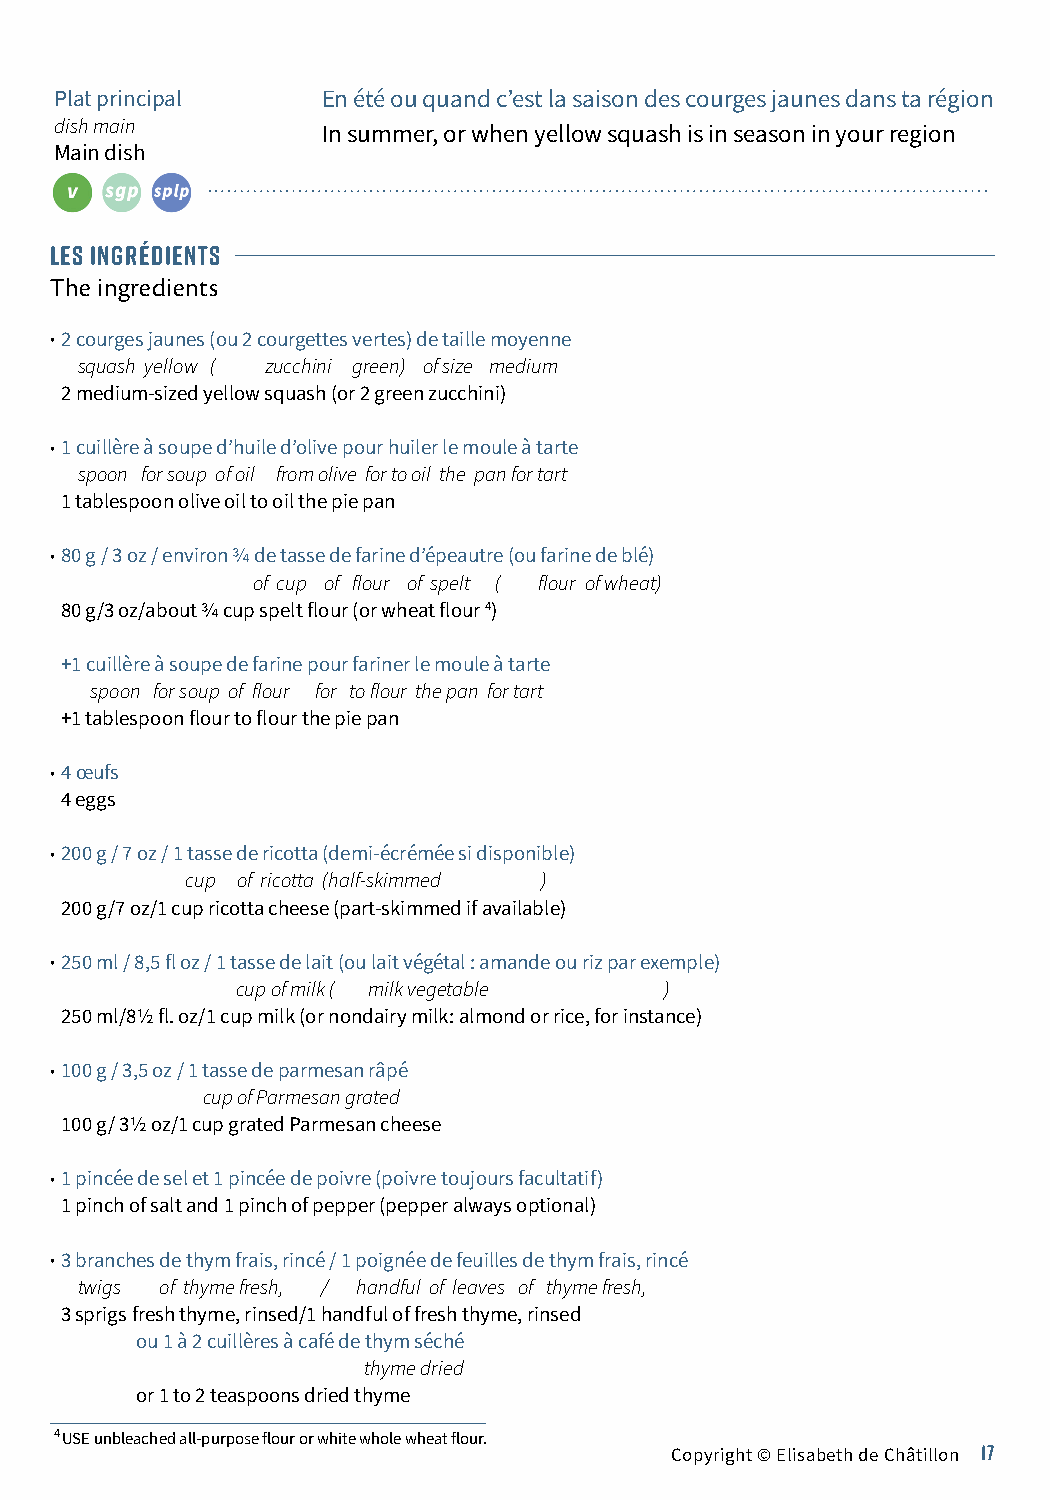
Plat principal   En été ou quand c’est la saison des courges jaunes dans ta région
 dish main
 In summer, or when yellow squash is in season in your region
 Main dish
 LES INGRÉDIENTS
 The ingredients
 •2 courges jaunes (ou 2 courgettes vertes) de taille moyenne
 squash yellow ( zucchini green) of size medium
 2 medium-sized yellow squash (or 2 green zucchini)
 •1 cuillère à soupe d’huile d’olive pour huiler le moule à tarte
 Pour 4 à 6 personnes spoon for soup of oil from olive for to oil the pan for tart
 for 4 to 6 people 1 tablespoon olive oil to oil the pie pan
 Serves 4 to 6
 •80 g / 3 oz / environ 3/4 de tasse de farine d’épeautre (ou farine de blé)
 of cup of flour of spelt ( flour of wheat)
 80 g/3 oz/about 3/4 cup spelt flour (or wheat flour 4)
 +1 cuillère à soupe de farine pour fariner le moule à tarte
 spoon for soup of flour for to flour the pan for tart
 +1 tablespoon flour to flour the pie pan
 •4 œufs
 4 eggs
 •200 g / 7 oz / 1 tasse de ricotta (demi-écrémée si disponible)
 cup of ricotta (half-skimmed )
 200 g/7 oz/1 cup ricotta cheese (part-skimmed if available)
 •250 ml / 8,5 fl oz / 1 tasse de lait (ou lait végétal : amande ou riz par exemple)
 cup of milk ( milk vegetable )
 250 ml/81/2 fl. oz/1 cup milk (or nondairy milk: almond or rice, for instance)
 •100 g / 3,5 oz / 1 tasse de parmesan râpé
 cup of Parmesan grated
 100 g/ 31/2 oz/1 cup grated Parmesan cheese
 •1 pincée de sel et 1 pincée de poivre (poivre toujours facultatif)
 1 pinch of salt and 1 pinch of pepper (pepper always optional)
 •3 branches de thym frais, rincé / 1 poignée de feuilles de thym frais, rincé
 twigs of thyme fresh, / handful of leaves of thyme fresh,
 3 sprigs fresh thyme, rinsed/1 handful of fresh thyme, rinsed
 ou 1 à 2 cuillères à café de thym séché
 thyme dried
 or 1 to 2 teaspoons dried thyme
 4 USE unbleached all-purpose flour or white whole wheat flour.
 Copyright © Elisabeth de Châtillon 17